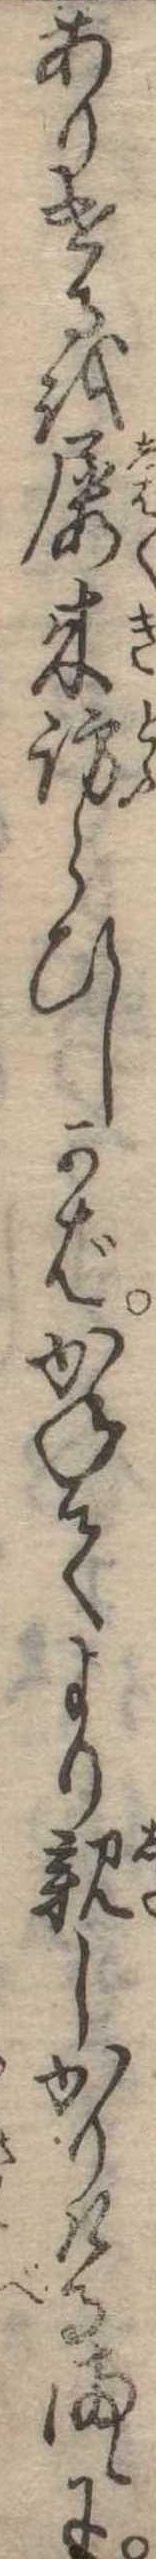
ありけるを屡来訪らひしかばかねてより親しかりけるまゝに